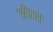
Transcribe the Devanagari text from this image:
जीस्स